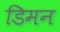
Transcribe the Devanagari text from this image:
डिमन